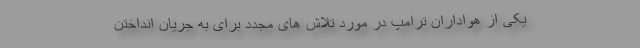
یکی از هواداران ترامپ در مورد تلاش های مجدد برای به جریان انداختن